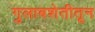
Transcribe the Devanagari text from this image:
गुलाबशेतीतून